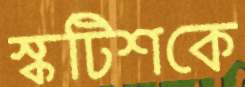
স্কটিশকে